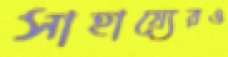
সাহায্যেরও